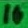
Text: 10